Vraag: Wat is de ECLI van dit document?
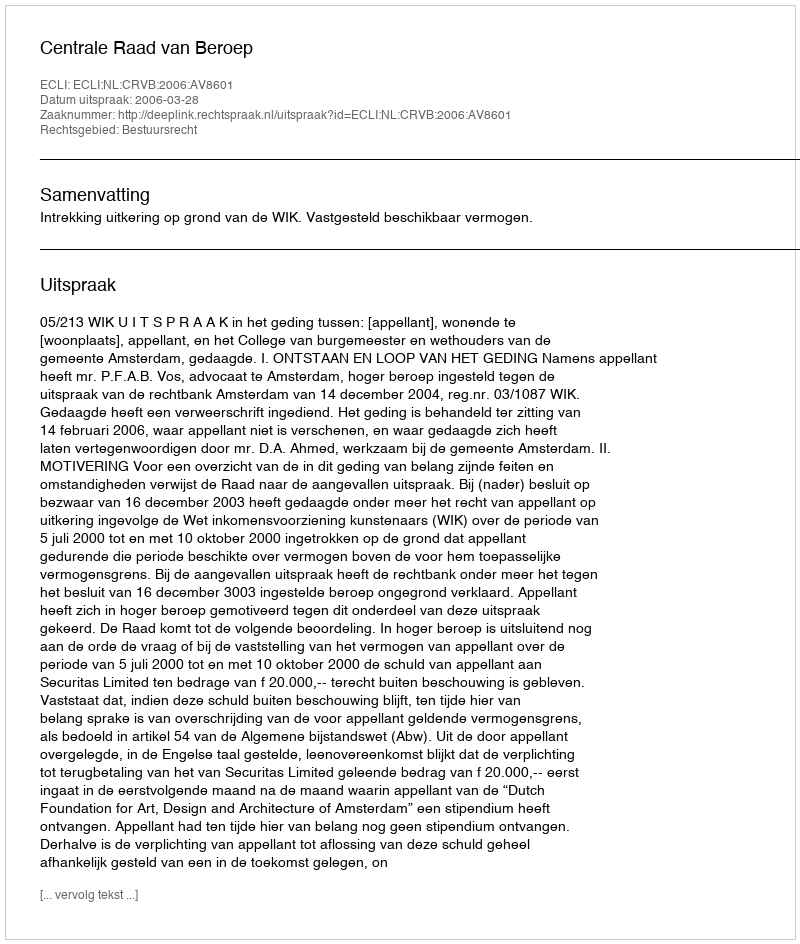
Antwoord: ECLI:NL:CRVB:2006:AV8601